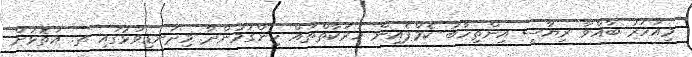
މިއަހަރު ބާއްވާ ރިޔާސީ އިންތިހާބު ކެމްޕެއިން ހަރަކާތްތައް ހިންގަމުންދާ މިދަނޑިވަޅުގައި ތ. އަތޮޅަށް